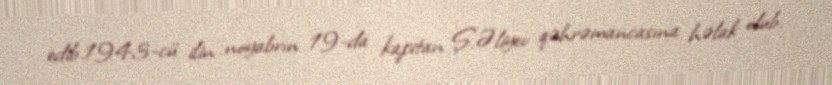
edib.1943-cü ilin noyabrın 19-da kapitan Ş.Əliyev qəhrəmancasına həlak olub.